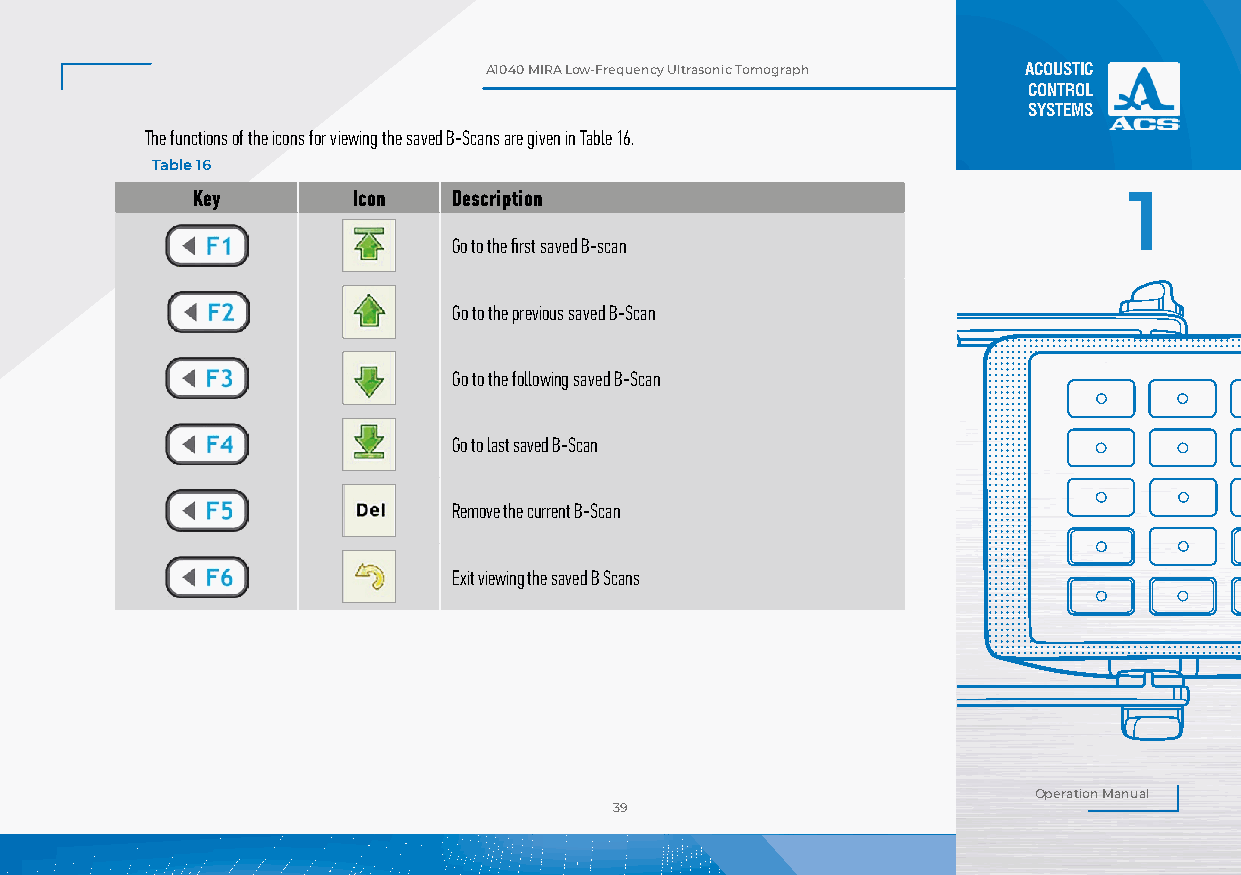
А1040 MIRA Low-Frequency Ultrasonic Tomograph ACOUSTIC
 CONTROL
 SYSTEMS
 The functions of the icons for viewing the saved B-Scans are given in Table 16.
 Table 16
 Key       Icon   Description                                  1
 Go to the first saved B-scan
 Figure 31
 Go to the previous saved B-Scan
 Go to the following saved B-Scan
 Go to last saved B-Scan
 Remove the current B-Scan
 Exit viewing the saved B Scans
 Operation Manual
 39